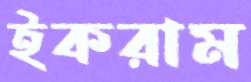
ইকরাম